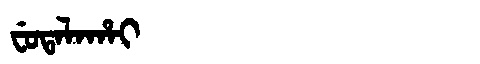
Manchu: ᠸᡠᡨᠠᠯᠠᡥᠠᡳ
Romanization: FUTALAHAI